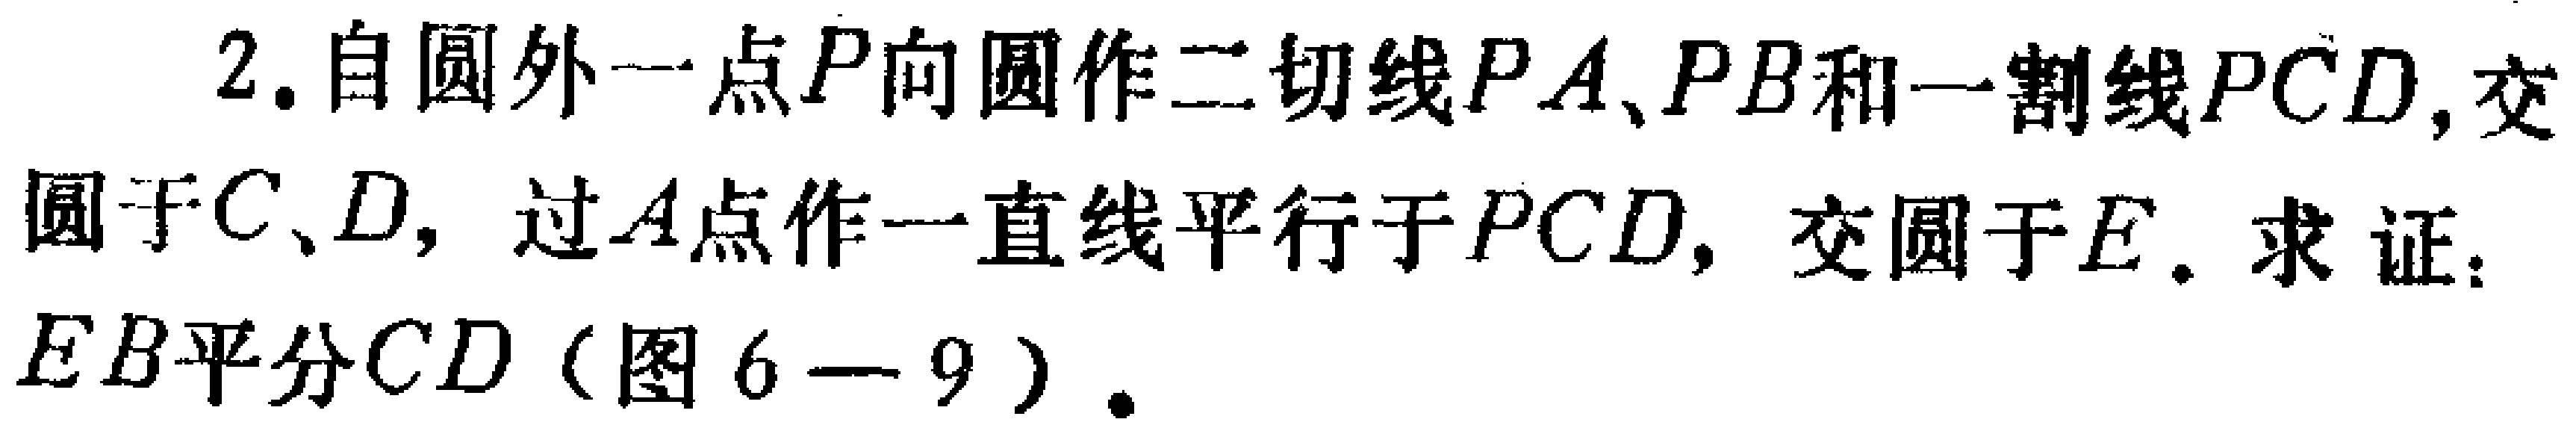
2. 自圆外一点\(P\)向圆作二切线\(PA\)、\(PB\)和一割线\(PCD\)，交圆于\(C\)、\(D\)，过\(A\)点作一直线平行于\(PCD\)，交圆于\(E\)。求证：\(EB\)平分\(CD\)（图6 - 9）。